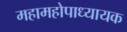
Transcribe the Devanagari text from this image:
महामहोपाध्यायक